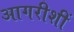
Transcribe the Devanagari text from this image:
आगरीशीं